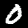
Label: 0